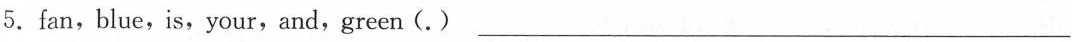
5.fan,blue,is,your,and,green(.) ___